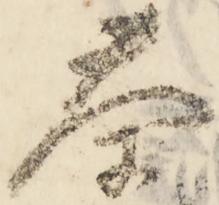
茶